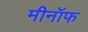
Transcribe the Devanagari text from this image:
मीनॉफ